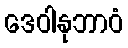
ဒေဝါနုဘာဝံ